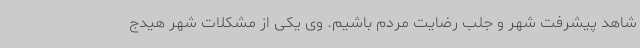
شاهد پیشرفت شهر و جلب رضایت مردم باشیم. وی یکی از مشکلات شهر هیدج